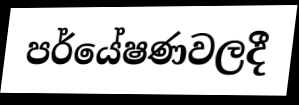
පර්යේෂණවලදී